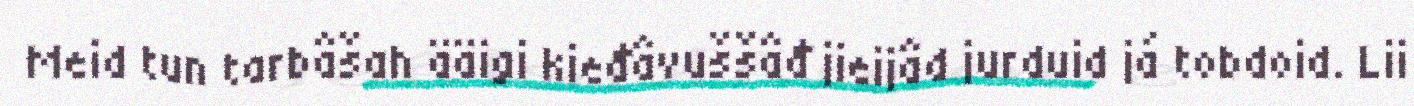
Meid tun tarbâšah ääigi kieđâvuššâđ jieijâd jurduid já tobdoid. Lii